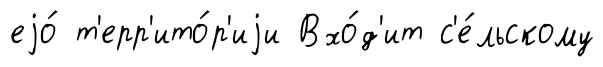
еjо́ т'ерр'ито́р'иjи Вхо́д'ит с'е́льскому